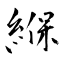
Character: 緥